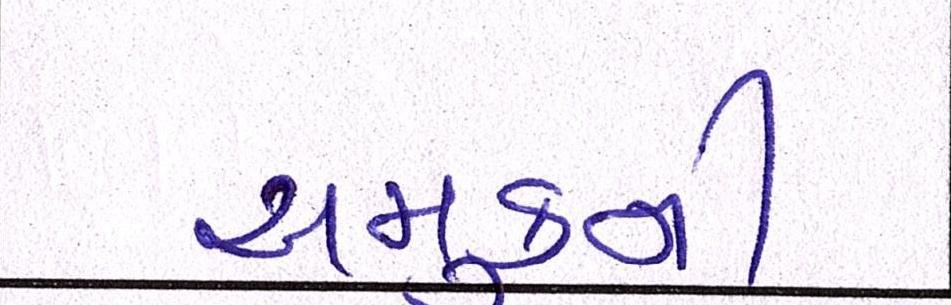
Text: અમુકની